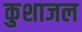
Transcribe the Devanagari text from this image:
कुशाजल